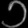
Digit: ၁